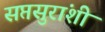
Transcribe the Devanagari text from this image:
सप्तसुरांशी